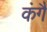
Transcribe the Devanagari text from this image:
कंगै